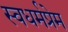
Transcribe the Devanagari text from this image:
स्वधर्मप्रेम